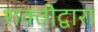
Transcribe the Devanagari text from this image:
शक्तीद्वारा